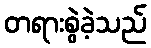
တရားစွဲခဲ့သည်